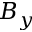
B _ { y }